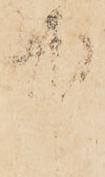
中